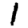
Digit: 1